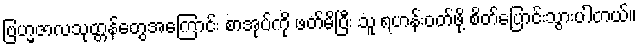
ဗြဟ္မဇာလသုတ္တန်တွေအကြောင်း စာအုပ်ကို ဖတ်မိပြီး သူ ရဟန်းဝတ်ဖို့ စိတ်ပြောင်းသွားပါတယ်။